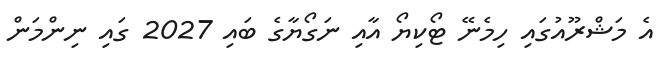
އެ މަޝްރޫއުގައި ހިމެނޭ ޓޯކިޔޯ އާއި ނަގޯޔާގެ ބައި 2027 ގައި ނިންމަން